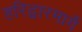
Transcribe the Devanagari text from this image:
हरिद्वारमार्गे